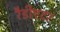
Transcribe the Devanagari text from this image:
रैडीएटर